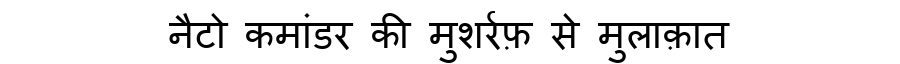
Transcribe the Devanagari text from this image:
नैटो कमांडर की मुशर्रफ़ से मुलाक़ात